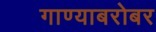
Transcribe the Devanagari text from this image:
गाण्याबरोबर